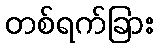
တစ်ရက်ခြား